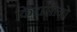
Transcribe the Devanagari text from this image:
किटासोनो